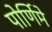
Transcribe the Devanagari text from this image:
पोर्णिमे